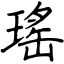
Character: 瑤